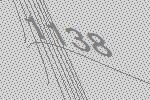
1138